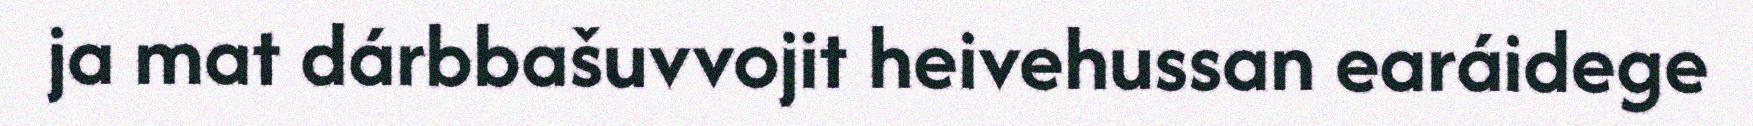
ja mat dárbbašuvvojit heivehussan earáidege